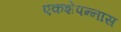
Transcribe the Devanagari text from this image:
एकशेपन्‍नास